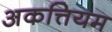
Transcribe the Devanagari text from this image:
अकत्तियम